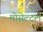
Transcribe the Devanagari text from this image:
मोसेल्टल